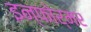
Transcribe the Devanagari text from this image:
इन्फोर्मर